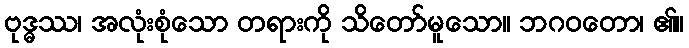
ဗုဒ္ဓဿ၊ အလုံးစုံသော တရားကို သိတော်မူသော။ ဘဂဝတော၊ ၏။